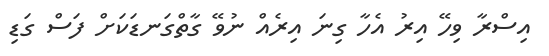
އިސްރާ ވިހޭ އިރު އެހާ ގިނަ އިރެއް ނުވޭ ގާތްގަނޑަކަށް ފަސް ގަޑި